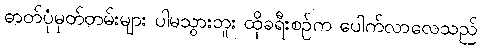
ဓာတ်ပုံမှတ်တမ်းများ ပါမသွားဘူး ထိုခရီးစဉ်က ပေါက်လာလေသည်